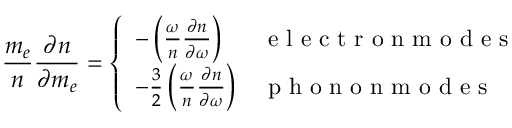
\frac { m _ { e } } { n } \frac { \partial n } { \partial m _ { e } } = \left\{ \begin{array} { l l } { - \left( \frac { \omega } { n } \frac { \partial n } { \partial \omega } \right) } & { \mathrm { ~ e ~ l ~ e ~ c ~ t ~ r ~ o ~ n ~ m ~ o ~ d ~ e ~ s ~ } } \\ { - \frac { 3 } { 2 } \left( \frac { \omega } { n } \frac { \partial n } { \partial \omega } \right) } & { \mathrm { ~ p ~ h ~ o ~ n ~ o ~ n ~ m ~ o ~ d ~ e ~ s ~ } } \end{array} \right.